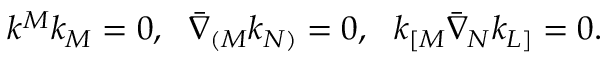
k ^ { M } k _ { M } = 0 , ~ ~ \bar { \nabla } _ { ( M } k _ { N ) } = 0 , ~ ~ k _ { [ M } \bar { \nabla } _ { N } k _ { L ] } = 0 .